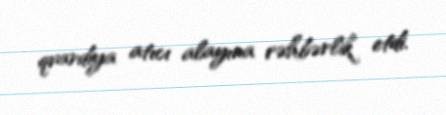
qvardiya atıcı alayına rəhbərlik etdi.